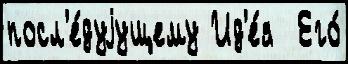
посл'е́дуjущему Ид'е́я  Его́